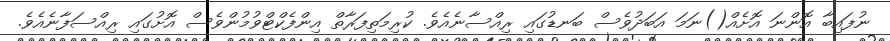
ނުފައިބާ އޮންނަ އޮށެއް()ނަމަ އަބަދުވެސް ބަނޑުގައި ރިއްސާނެއެވެ. ކުރިމަތިފަރާތް އިންފެކްޓްވުމުންވެސް އޮށުގައި ރިއްސަފާނެއެވެ.